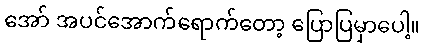
အော် အပင်အောက်ရောက်တော့ ပြောပြမှာပေါ့။